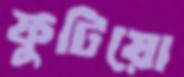
ফুটিয়ো